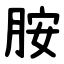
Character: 胺